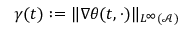
\gamma ( t ) : = \| \nabla \theta ( t , \cdot ) \| _ { L ^ { \infty } ( \mathcal { A } ) }